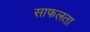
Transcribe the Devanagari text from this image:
साफलता